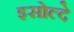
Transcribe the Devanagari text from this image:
इसोल्दे